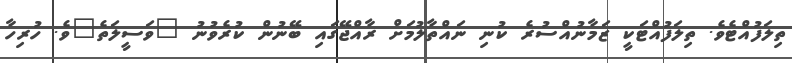
ތިލަފުއްޓެވެ. ތިލަފުއްޓަކީ ޒަމާނުއްސުރެ ކުނި ނައްތާލުމަށް ރާއްޖޭގައި ބޭނުން ކުރެވުނު "ވަސީލަތެ"ވެ. ހުރިހާ